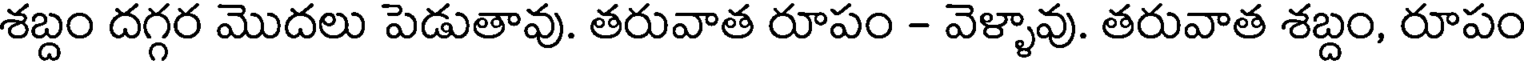
శబ్దం దగ్గర మొదలు పెడుతావు. తరువాత రూపం - వెళ్ళావు. తరువాత శబ్దం, రూపం